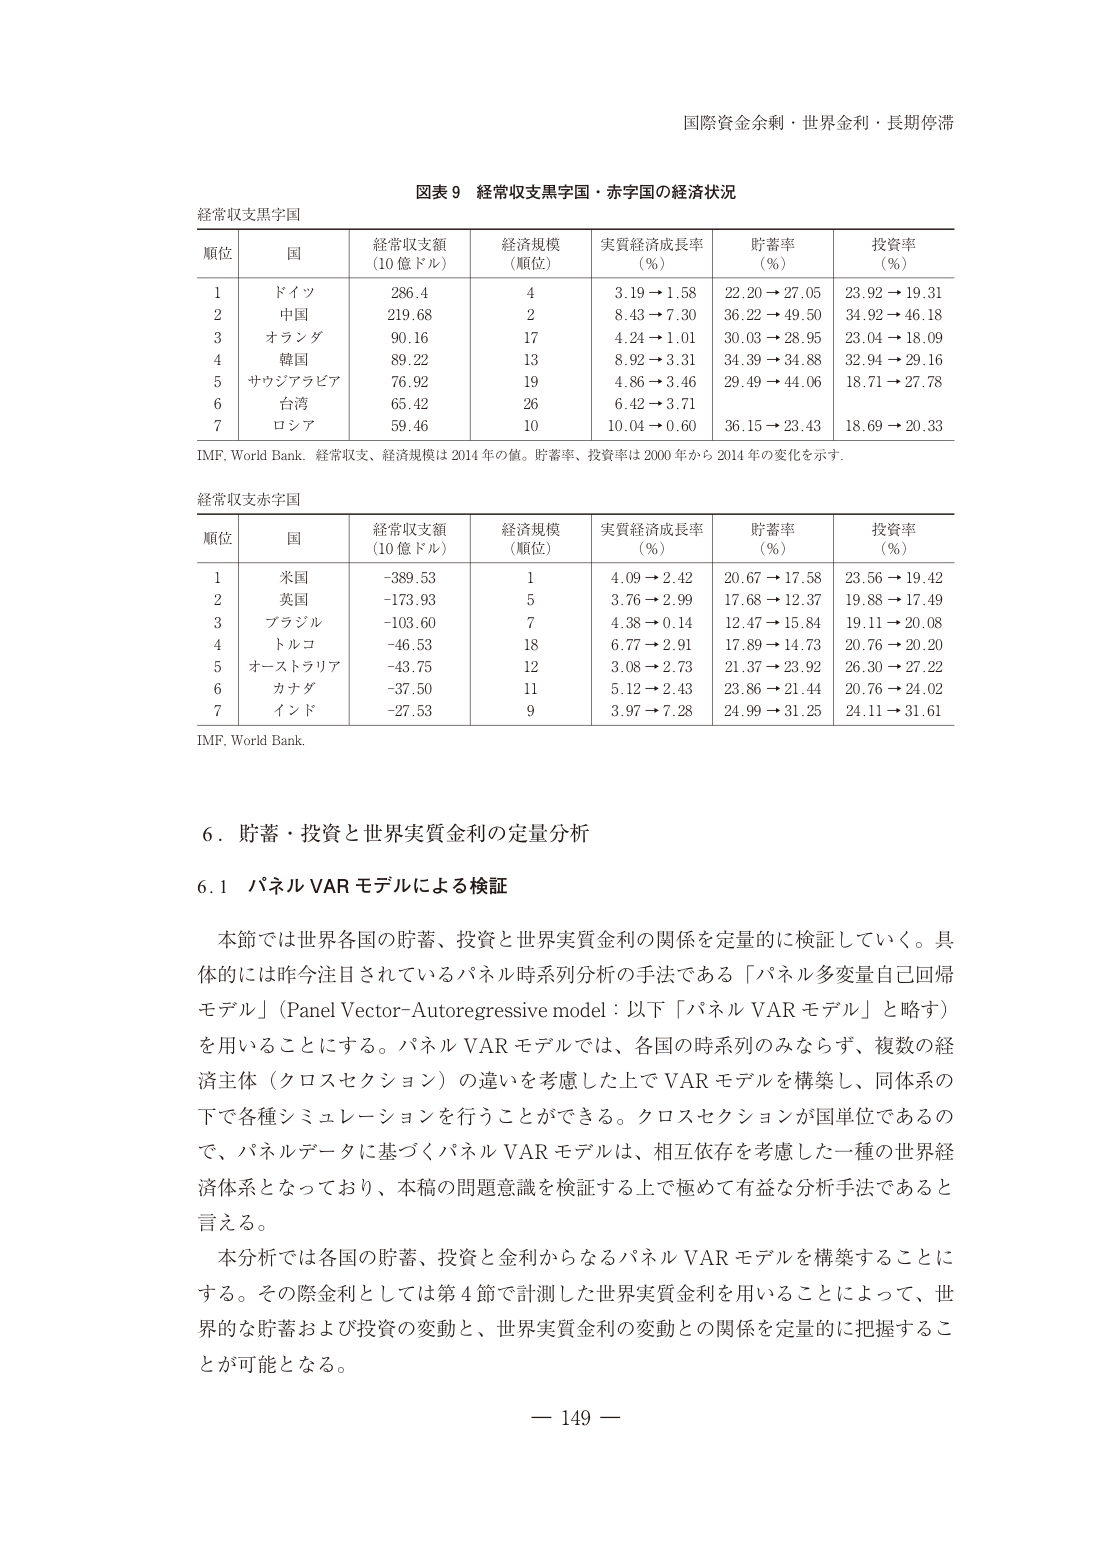
国際資金余剰・世界金利・長期停滞

図表９ 経常収支黒字国・赤字国の経済状況

経常収支黒字国

順位 国 経常収支額（10億ドル） 経済規模（順位） 実質経済成長率（％） 貯蓄率（％） 投資率（％）
1 ドイツ 286.4 4 3.19 → 1.58 22.20 → 27.05 23.92 → 19.31
2 中国 219.68 2 8.43 → 7.30 36.22 → 49.50 34.92 → 46.18
3 オランダ 90.16 17 4.24 → 1.01 30.03 → 28.95 23.04 → 18.09
4 韓国 89.22 13 8.92 → 3.31 34.39 → 34.88 32.94 → 29.16
5 サウジアラビア 76.92 19 4.86 → 3.46 29.49 → 44.06 18.71 → 27.78
6 台湾 65.42 26 6.42 → 3.71
7 ロシア 59.46 10 10.04 → 0.60 36.15 → 23.43 18.69 → 20.33

IMF, World Bank. 経常収支、経済規模は2014年の値。貯蓄率、投資率は2000年から2014年の変化を示す。

経常収支赤字国

順位 国 経常収支額（10億ドル） 経済規模（順位） 実質経済成長率（％） 貯蓄率（％） 投資率（％）
1 米国 -389.53 1 4.09 → 2.42 20.67 → 17.58 23.56 → 19.42
2 英国 -173.93 5 3.76 → 2.99 17.68 → 12.37 19.88 → 17.49
3 ブラジル -103.60 7 4.38 → 0.14 12.47 → 15.84 19.11 → 20.08
4 トルコ -46.53 18 6.77 → 2.91 17.89 → 14.73 20.76 → 20.20
5 オーストラリア -43.75 12 3.08 → 2.73 21.37 → 23.92 26.30 → 27.22
6 カナダ -37.50 11 5.12 → 2.43 23.86 → 21.44 20.76 → 24.02
7 インド -27.53 9 3.97 → 7.28 24.99 → 31.25 24.11 → 31.61

IMF, World Bank.

６．貯蓄・投資と世界実質金利の定量分析

６．１ パネル VAR モデルによる検証

本節では世界各国の貯蓄、投資と世界実質金利の関係を定量的に検証していく。具体的には昨今注目されているパネル時系列分析の手法である「パネル多変量自己回帰モデル」（Panel Vector-Autoregressive model：以下「パネル VAR モデル」と略す）を用いることにする。パネル VAR モデルでは、各国の時系列のみならず、複数の経済主体（クロスセクション）の違いを考慮した上で VAR モデルを構築し、同体系の下で各種シミュレーションを行うことができる。クロスセクションが国単位であるので、パネルデータに基づくパネル VAR モデルは、相互依存を考慮した一種の世界経済体系となっており、本稿の問題意識を検証する上で極めて有益な分析手法であると言える。

本分析では各国の貯蓄、投資と金利からなるパネル VAR モデルを構築することにする。その際金利としては第４節で計測した世界実質金利を用いることによって、世界的な貯蓄および投資の変動と、世界実質金利の変動との関係を定量的に把握することが可能となる。

— 149 —